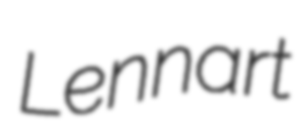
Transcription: Lennart